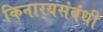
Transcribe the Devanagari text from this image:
किनार्‍यसंबंधी